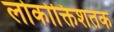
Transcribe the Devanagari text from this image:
लोकोक्तिशतक